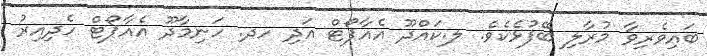
ބައިވެރިވާ މުރާލި ބޭފުޅެކެވެ. ލ.ކައްދޫ އެއާޕޯޓް އަދި ހދ. ހަނިމާދޫ އެއާޕޯޓް ހެދިއިރު